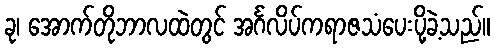
ခု၊ အောက်တိုဘာလထဲတွင် အင်္ဂလိပ်ကရာဇသံပေးပို့ခဲ့သည်။